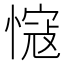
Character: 𢠠